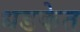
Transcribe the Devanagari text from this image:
धडकेत